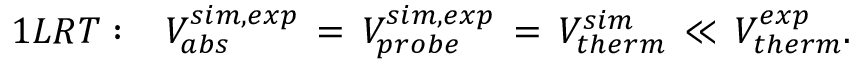
1 L R T : \, \, \, \, \, V _ { a b s } ^ { s i m , e x p } \, = \, V _ { p r o b e } ^ { s i m , e x p } \, = \, V _ { t h e r m } ^ { s i m } \, \ll \, V _ { t h e r m } ^ { e x p } .